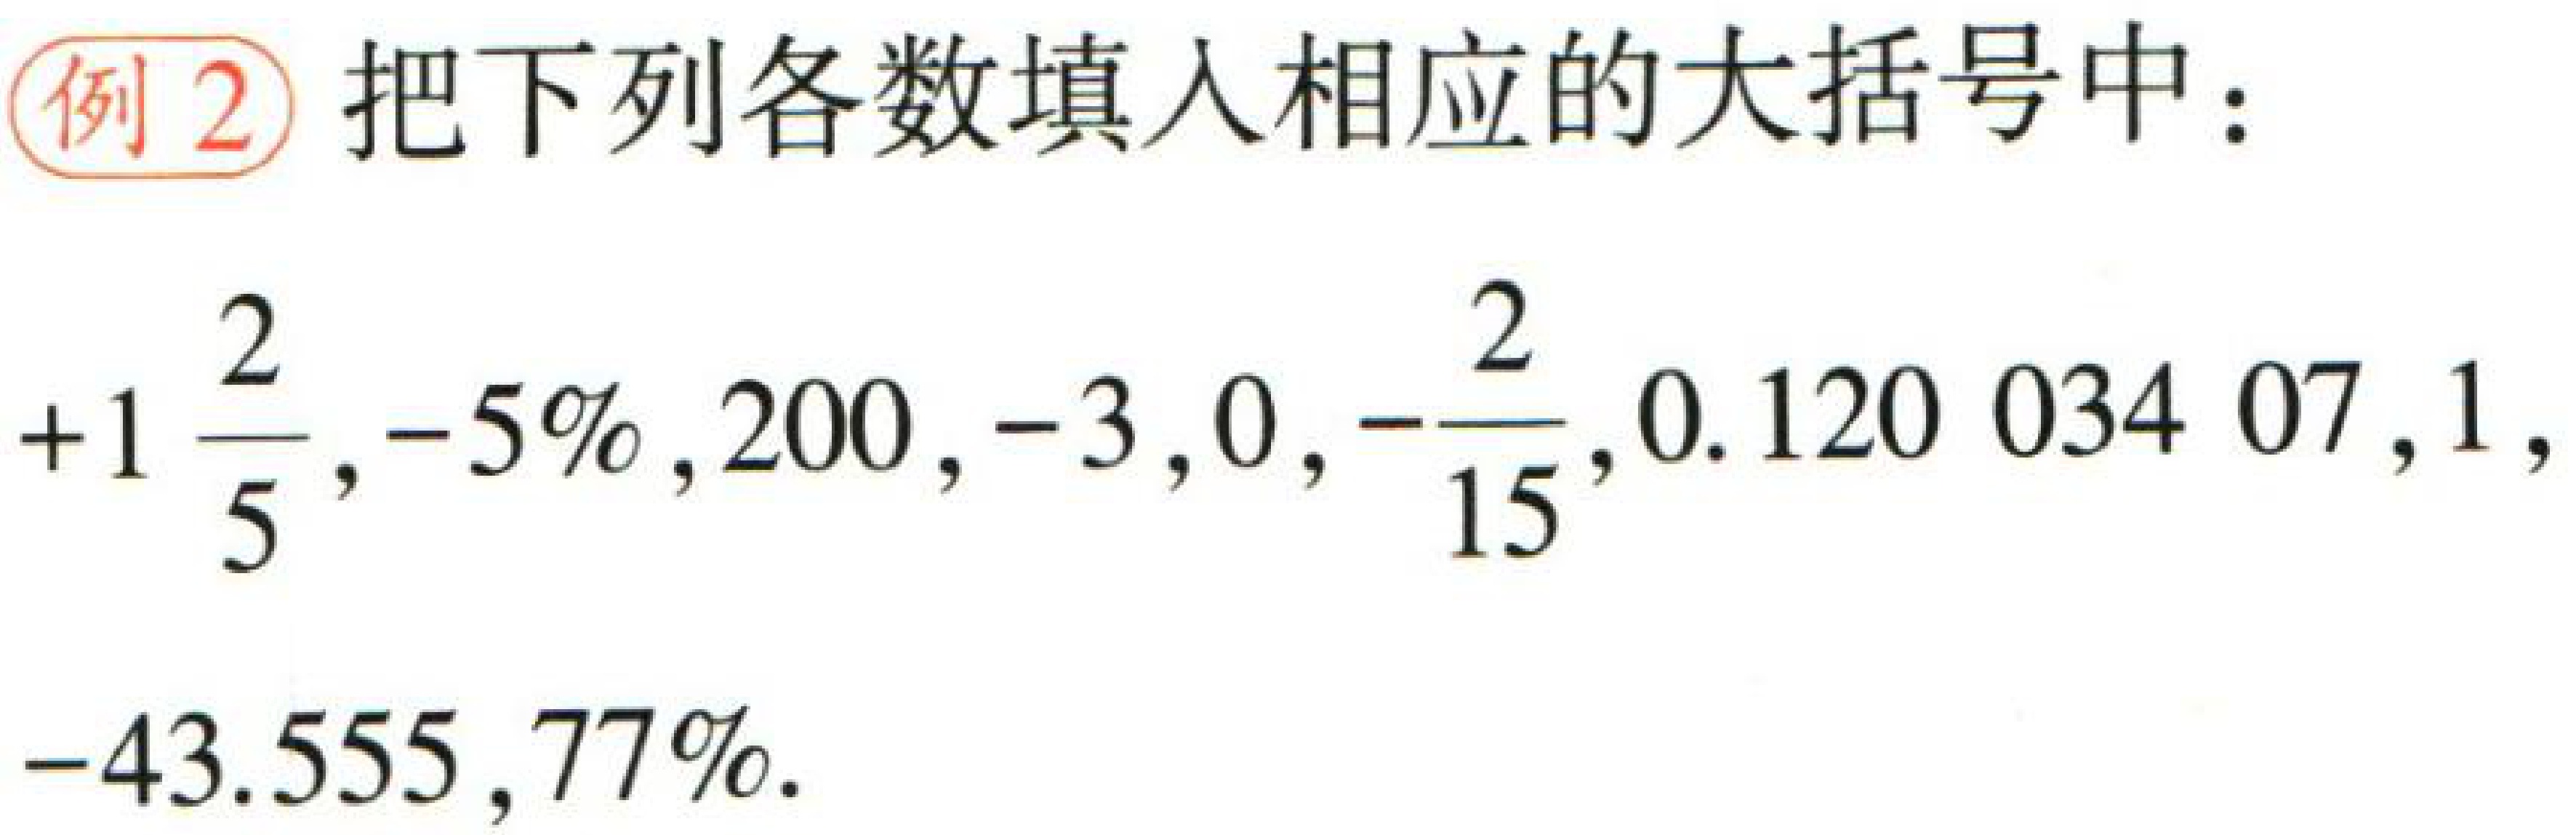
例2 把下列各数填入相应的大括号中：

\(+1\frac{2}{5}, -5\%, 200, -3, 0, -\frac{2}{15}, 0.12003407, 1, -43.555, 77\%\)